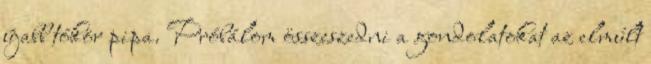
újabb tókör pipa. Próbálom összeszedni a gondolatokat az elmúlt